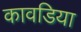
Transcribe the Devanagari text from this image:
कावडिया